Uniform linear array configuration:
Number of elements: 48
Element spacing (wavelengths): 0.25
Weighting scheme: kaiser
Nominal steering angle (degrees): -60
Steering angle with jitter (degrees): -58.276
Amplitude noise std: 0.05
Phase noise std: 0.05

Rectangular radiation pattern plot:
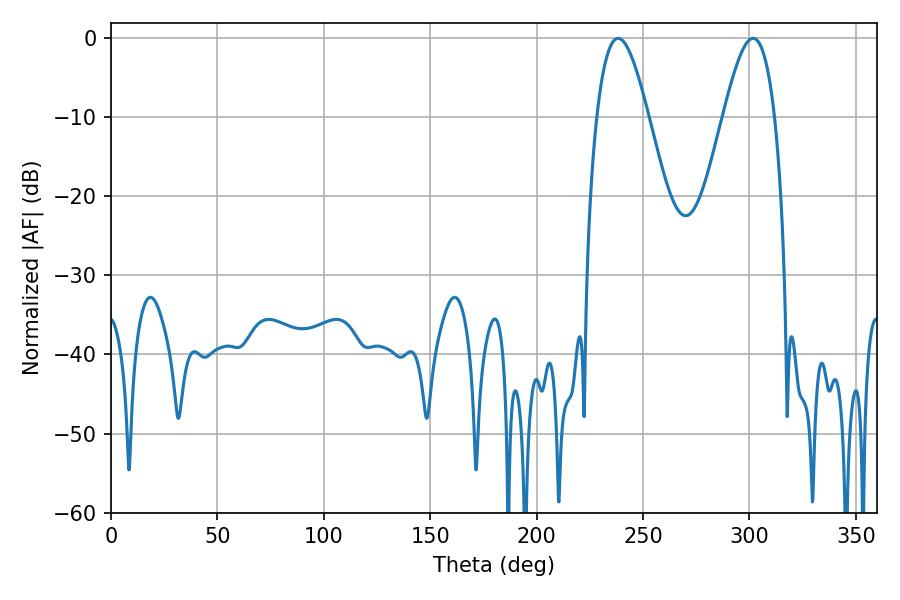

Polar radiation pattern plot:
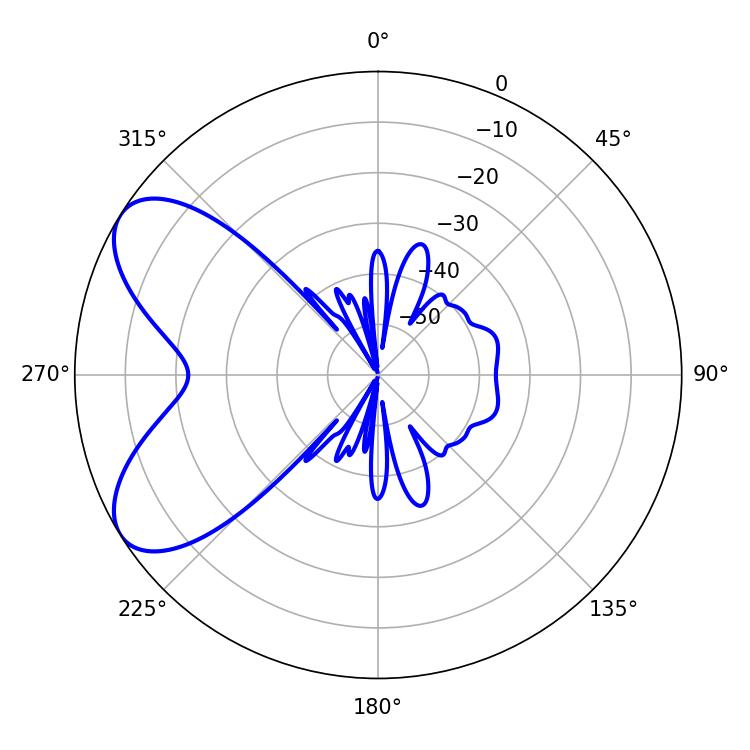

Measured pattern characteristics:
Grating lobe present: FALSE
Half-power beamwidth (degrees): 13.14
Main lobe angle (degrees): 238.32